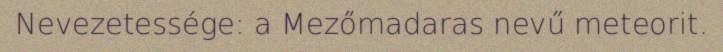
Nevezetessége: a Mezőmadaras nevű meteorit.